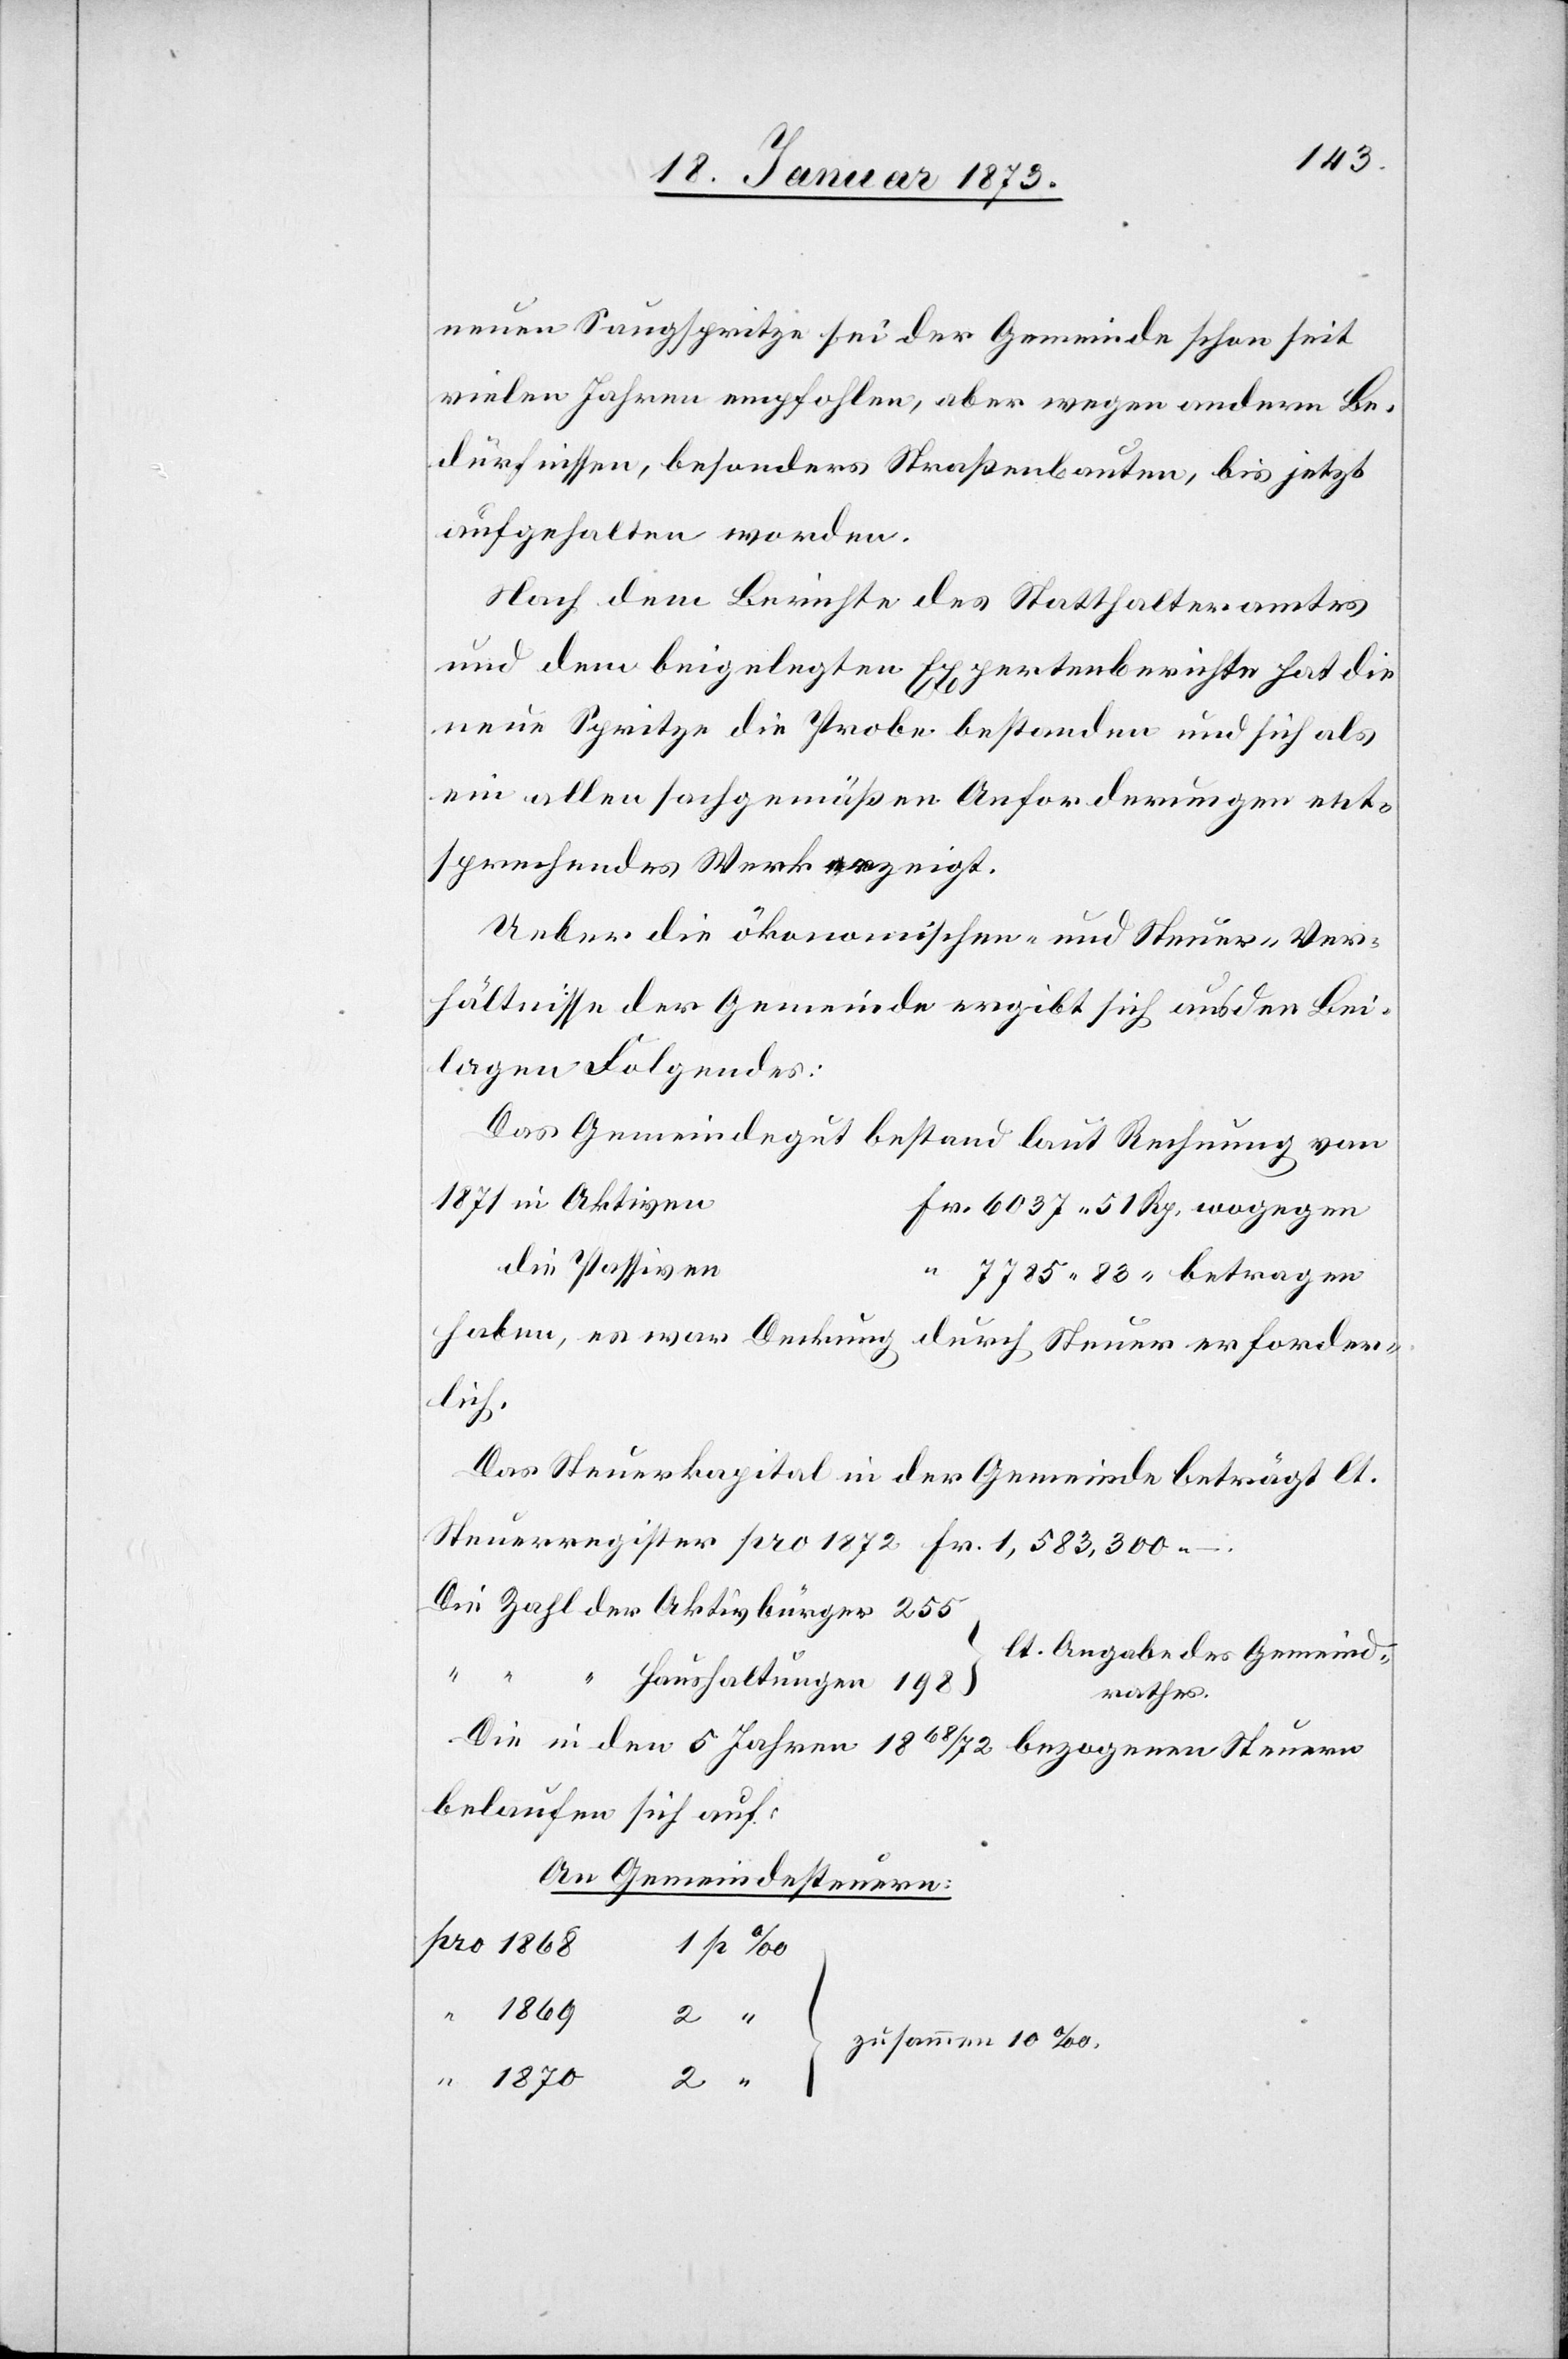
neuen Saugspritze sei der Gemeinde schon seit
vielen Jahren empfohlen, aber wegen andern Be¬
dürfnissen, besonders Straßenbauten, bis jetzt
aufgehalten worden.
Nach dem Berichte des Statthalteramtes
und dem beigelegten Expertenberichte hat die
neue Spritze die Probe bestanden und sich als
ein allen sachgemäßen Anforderungen ent¬
sprechendes Werk [?er]zeigt.
Ueber die ökonomischen- [sic!] und Steuer-Ver¬
hältnisse der Gemeinde ergibt sich aus den Bei¬
lagen Folgendes:
Das Gemeindegut bestand laut Rechnung von
1871 in Aktiven
Fr. 6037 51 Rp. wogegen
die Passiven
“ 7785.83 “ betragen
haben, es war Deckung durch Steuer erforder¬
lich.
Das Steuerkapital in der Gemeinde beträgt lt.
Steuerregister pro 1872 Fr. 1,583,300.
Die Zahl der Aktivbürger 	255
[lt. Angabe des Gemeind¬
“ Haushaltungen 198
rathes]
Die in den 5 Jahren 1868/72 bezogenen Steuern
belaufen sich auf:
An Gemeindesteuern:
pro 1868
“
“ 1869
2
zusammen 10‰
“ 1870
2 “